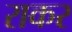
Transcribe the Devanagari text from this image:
राकर